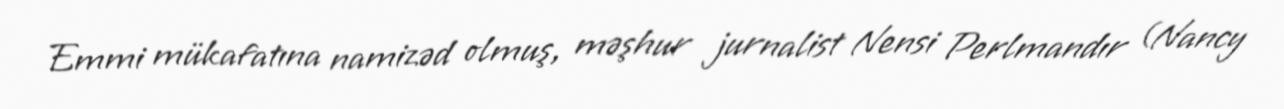
Emmi mükafatına namizəd olmuş, məşhur jurnalist Nensi Perlmandır (Nancy